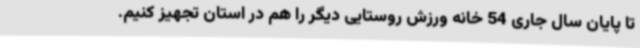
تا پایان سال جاری 54 خانه ورزش روستایی دیگر را هم در استان تجهیز کنیم.